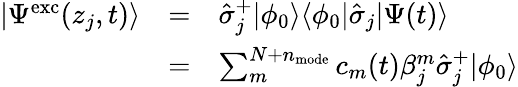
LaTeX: \begin{array}{ccl}{|\Psi^{\mathrm{exc}}(z_{j},t)\rangle}&{=}&{\hat{\sigma}_{j}^{+}|\phi_{0}\rangle\langle\phi_{0}|\hat{\sigma}_{j}|\Psi(t)\rangle}\\ &{=}&{\sum_{m}^{N+n_{\mathrm{mode}}}c_{m}(t)\beta_{j}^{m}\hat{\sigma}_{j}^{+}|\phi_{0}\rangle}\end{array}